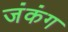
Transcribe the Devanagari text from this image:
जंकंग